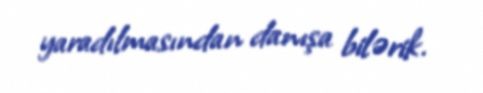
yaradılmasından danışa bilərik.